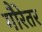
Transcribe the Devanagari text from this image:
गौरेतर